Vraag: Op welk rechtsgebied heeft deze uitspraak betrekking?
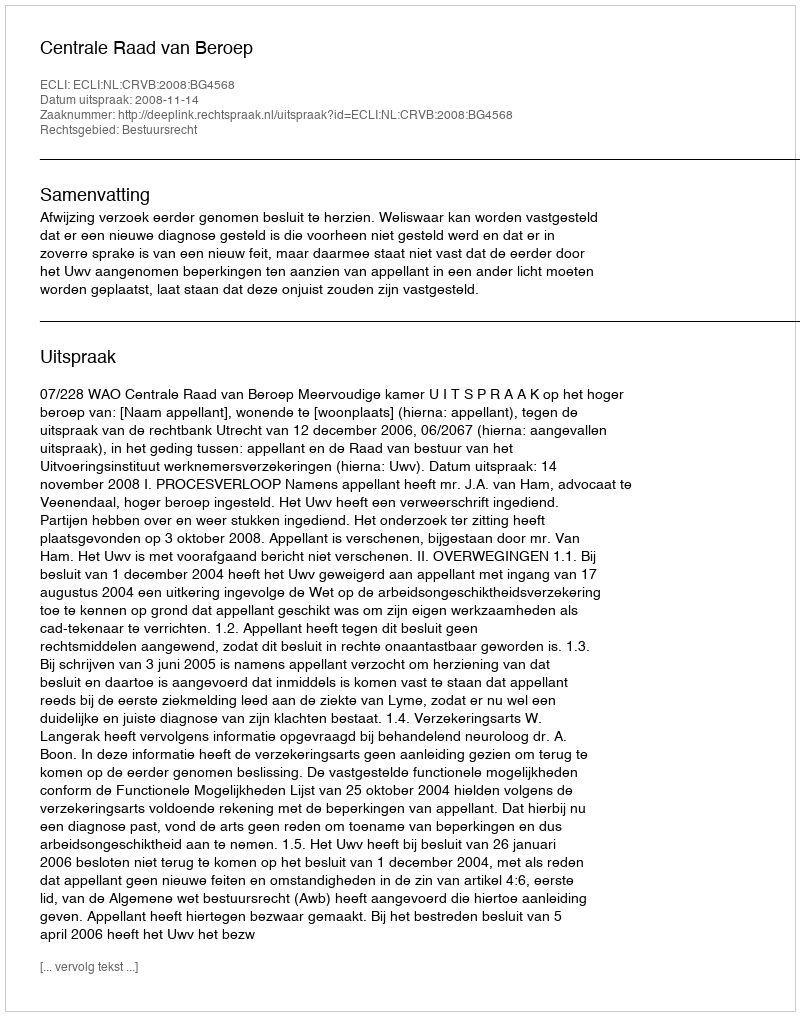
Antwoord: Bestuursrecht